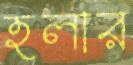
হলার